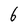
Character: 6